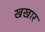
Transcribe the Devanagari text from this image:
खखार